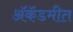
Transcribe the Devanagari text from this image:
ॲकॅडमीत